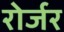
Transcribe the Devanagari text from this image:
रोर्जर